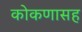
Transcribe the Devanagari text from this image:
कोकणासह